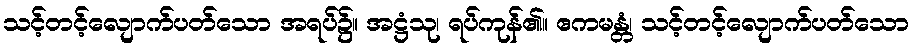
သင့်တင့်လျောက်ပတ်သော အရပ်၌။ အဋ္ဌံသု၊ ရပ်ကုန်၏။ ဧကမန္တံ၊ သင့်တင့်လျောက်ပတ်သော